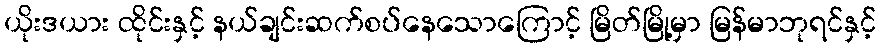
ယိုးဒယား ထိုင်းနှင့် နယ်ချင်းဆက်စပ်နေသောကြောင့် မြိတ်မြို့မှာ မြန်မာဘုရင်နှင့်